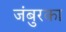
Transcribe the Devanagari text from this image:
जंबुरका